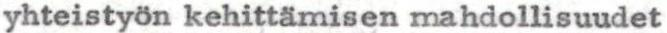
yhteistyön kehittämisen mahdollisuudet